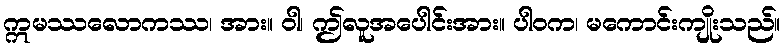
ဣမဿလောကဿ၊ အား။ ဝါ၊ ဤလူအပေါင်းအား။ ပါဝက၊ မကောင်းကျိုးသည်။